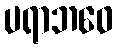
ပရာဘဝေ